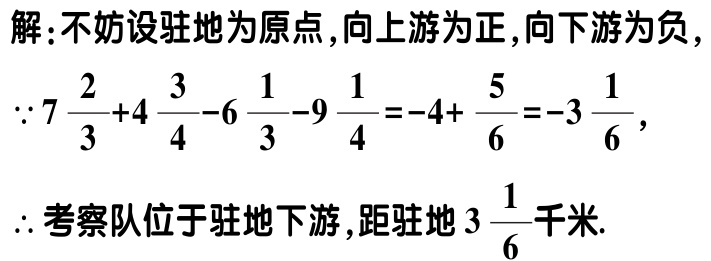
解：不妨设驻地为原点, 向上游为正, 向下游为负,

\(\because 7\frac{2}{3}+4\frac{3}{4}-6\frac{1}{3}-9\frac{1}{4}=-4+\frac{5}{6}=-3\frac{1}{6}\),

\(\therefore\)考察队位于驻地下游, 距驻地\(3\frac{1}{6}\)千米.